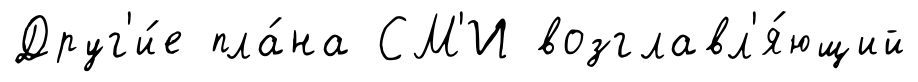
Друг'и́е пла́на СМ'И возглавл'я́ющий